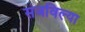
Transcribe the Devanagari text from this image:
सजविल्या